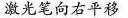
激光笔激光笔向右平移